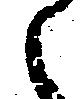
々